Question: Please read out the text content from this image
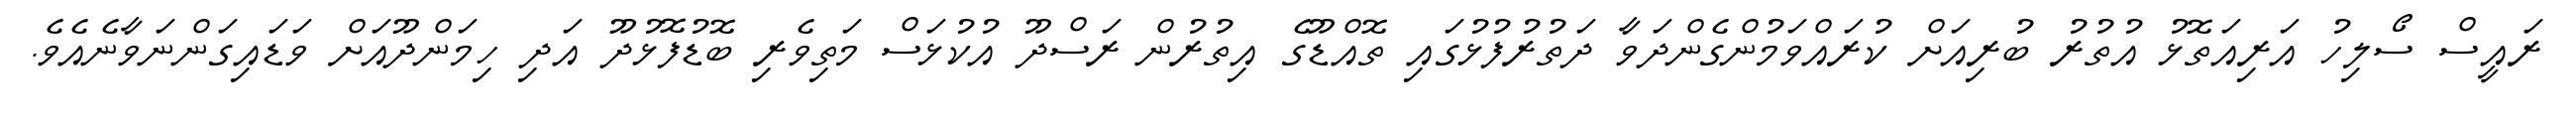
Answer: ރައީސް ސޯލިހު އަރިއަތޮޅު އުތުރު ބުރިއަށް ކުރައްވަމުންގެންދަވާ ދަތުރުފުޅުގައި ތޮއްޑޫގެ އިތުރުން ރަސްދޫ އުކުޅަސް މަތިވެރި ބޮޑުފޮޅުދޫ އަދި ހިމަންދޫއަށް ވަޑައިގަންނަވާނެއެވެ.